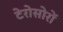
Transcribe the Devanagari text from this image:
टेरोसोरों